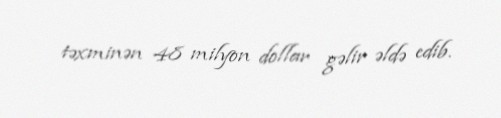
təxminən 48 milyon dollar gəlir əldə edib.